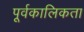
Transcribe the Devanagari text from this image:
पूर्वकालिकता